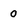
Character: 0